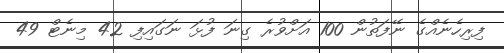
ފިރިހެނެއްގެ ނޭފަތުން 100 އަށްވުރެ ގިނަ ފުޅަ ނަގައިފި 42 މިނެޓް 49